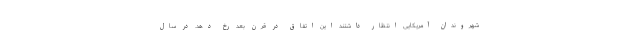
شهروندان آمریکایی انتظار داشتند این اتفاق در قرن بعد رخ دهد. در سال